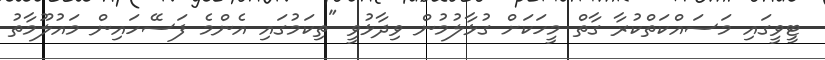
ޓީވީގައި މަސައްކަތްކުރާ ގާތް މީހަކަށް ގުޅާލުމުން ވިދާޅުވީ "ތިކަމުގައި އެންމެ ފަސޭހައިން މައުލޫމާތު